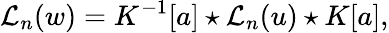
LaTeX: {{\mathcal L}_{n}}(w)=K^{-1}[a]\star{{\mathcal L}_{n}}(u)\star K[a],